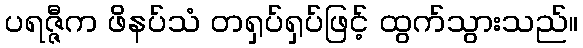
ပရဇ္ဇီက ဖိနပ်သံ တရှပ်ရှပ်ဖြင့် ထွက်သွားသည်။